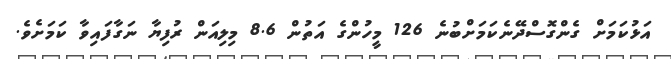
އަޅުކަމަށް ގެންގޮސްދޭނެކަމަށްބުނެ 126 މީހުންގެ އަތުން 8.6 މިލިއަން ރުފިޔާ ނަގާފައިވާ ކަމަށެވެ.